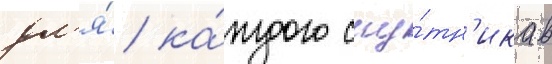
дл'я́ ка́ждого спу́тн'ика в